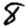
Digit: 8